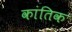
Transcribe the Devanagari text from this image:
कांतिक